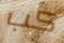
كب